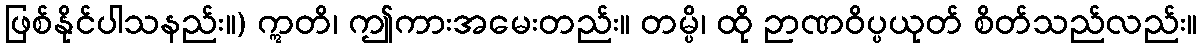
ဖြစ်နိုင်ပါသနည်း။) ဣတိ၊ ဤကားအမေးတည်း။ တမ္ပိ၊ ထို ဉာဏဝိပ္ပယုတ် စိတ်သည်လည်း။